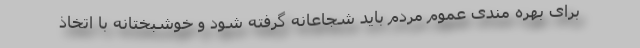
برای بهره مندی عموم مردم باید شجاعانه گرفته شود و خوشبختانه با اتخاذ